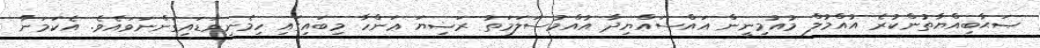
ޞަޙާބިއްޔާތުންކުރެ އުއްމުލް މުއުމިނީން އައްސައްޔިދާ އުއްމުސަލަމަތު ރަޟިޔަ ޢަންހާ މިބައިގައި ހިމެނިވަޑައިގަންނަވައެވެ. އެކަމަނާ